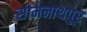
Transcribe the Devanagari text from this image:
सोमनाथपूर